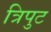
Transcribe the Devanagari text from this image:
त्रिपुट